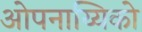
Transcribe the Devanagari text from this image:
ओपनाय्यिको